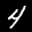
Label: 4